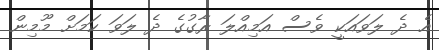
އެ ދެ ލަވައަކީ ވެސް އަމިއްލަ ރާގުގެ ދެ ލަވަ ކަމަށް މޫމިން